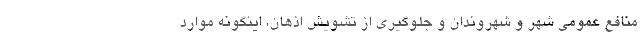
منافع عمومي شهر و شهروندان و جلوگيري از تشويش اذهان، اينگونه موارد